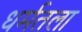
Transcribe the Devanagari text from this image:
धर्मतला